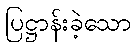
ပြဋ္ဌာန်းခဲ့သော